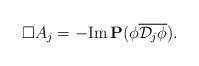
LaTeX: \begin{align*} \Box A_j = -\textrm{Im}\,\mathbf P(\phi\overline{\mathcal D_j\phi}).\end{align*}